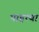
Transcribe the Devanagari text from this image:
पाहत्या